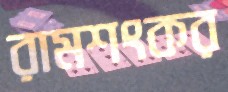
রামশংকর